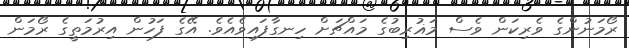
ރޯމަނުންގެ ވެރިކަން ވެސް މަޣުރިބުގެ މައްޗަށް ހިނގާފައިވެއެވެ. އޭގެ ފަހުން އިރުމަތީގެ ރޯމަން